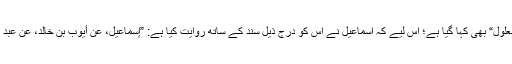
نیز سند میں اسماعیل بن امیہ کی وجہ سے اس کو ”معلول“ بھی کہا گیا ہے؛ اس لیے کہ اسماعیل نے اس کو درجِ ذیل سند کے ساتھ روایت کیا ہے: ”إسماعیل، عن أیوب بن خالد، عن عبد اللّٰہ بن رافع - مولٰی أم سلمة - عن أبی ہریرة مرفوعاً “۔